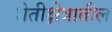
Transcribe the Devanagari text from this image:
शेतीक्षेत्रातील